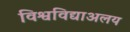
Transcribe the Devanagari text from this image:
विश्वविद्याअलय